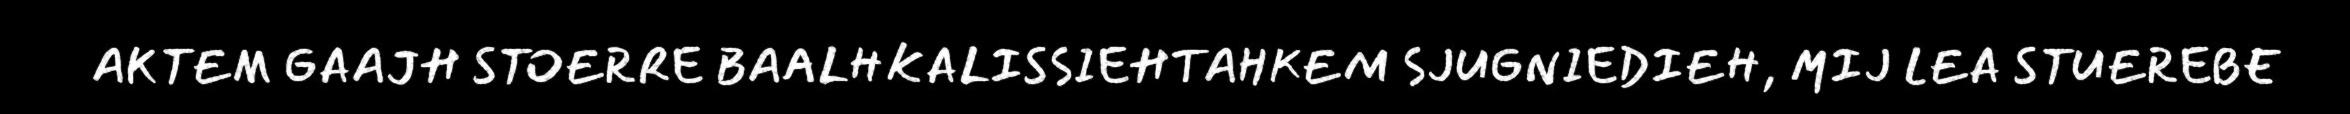
AKTEM GAAJH STOERRE BAALHKALISSIEHTAHKEM SJUGNIEDIEH, MIJ LEA STUEREBE